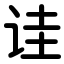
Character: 诖